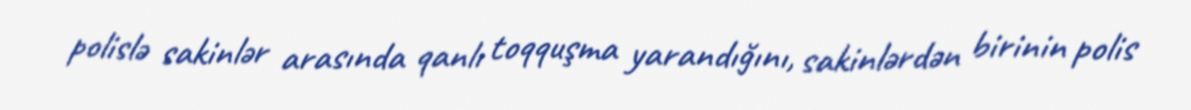
polislə sakinlər arasında qanlı toqquşma yarandığını, sakinlərdən birinin polis